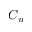
C _ { u }